Report on vaccination in Madras 1922-1929 - 1922-1929
Year: 1922
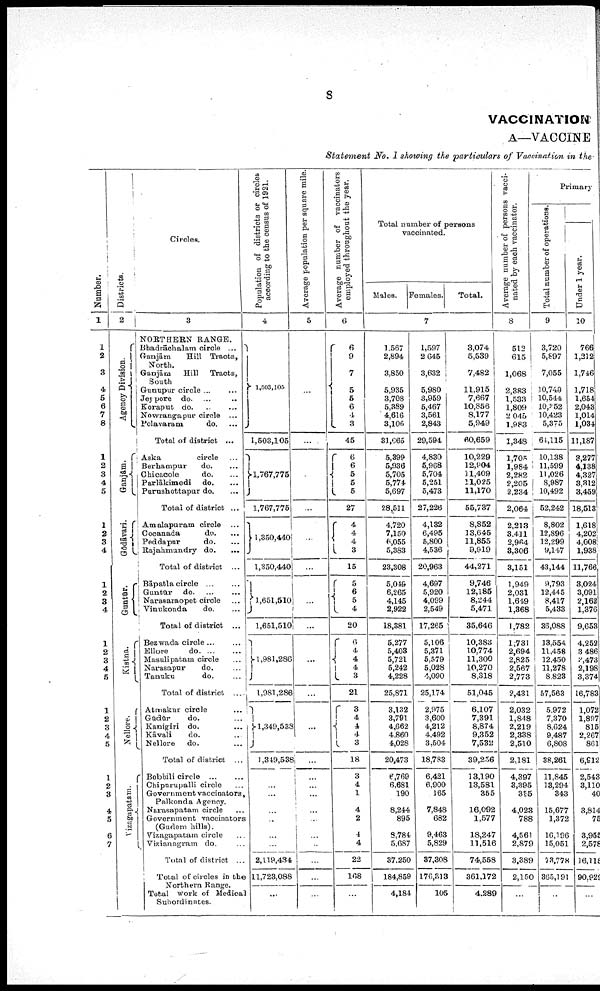
8
VACCINATION
A—VACCINE
Statement No. I showing the particulars of Vaccination in the
Number.
1
1
2
3
4
5
6
7
8
1
2
3
4
5
1
2
3
4
1
2
3
4
1
2
3
4
5
1
2
3
4
5
1
2
3
4
5
6
7
Districts.
2
Agency Division.
Ganjām.
Gōdāvari.
Guntūr.
Kistna.
Nellore.
Vizagapatam.
Circles.
3
NORTHERN RANGE.
Bhadrāohalam circle... ...
Ganjām
Hill Tracts,
North.
Ganjām
Hill
Tracts,
South
Gunupur circle ... ...
Jeypore do. ... ...
Koraput
do...
...
Nowrangapur circle ...
Polavaram
do. ...
Total of district ...
Aska
circle ...
Berhampur
do. ...
Chicacole
do. ...
Parlākimedi
do. ...
Purushottapur do. ...
Total of district ...
Amalapuram circle...
Cocanada
do. ...
Peddapur
do. ...
Rajahmundry do. ...
Total of district ...
Bāpatla
circle...
...
Guntūr do. ... ...
Narasaraopet circle... ...
Vinukonda
do. ...
Total of district ...
Bezwada circle... ... ...
Ellore
do. ... ...
Masuli patam circle... ...
Narasapur
do. ...
Tanuku
do. ...
Total of district ....
Atmakur circle
...
Gūdūr
do. ...
Kanigiri do. ...
Kāvali
do. ...
Nellore
do. ...
Total of district ...
Bobbili
circle...
...
Chipurupalli circle...
Government vaccinators,
Palkonda Agency.
Narasapatam circle...
Government vaccinators
(Gudem hills).
Vizagapatam circle...
Vizianagram do. ...
Total of district ...
Total of circles in the
Northern Range.
Total work of Medical
Subordinates.
Population of districts or circles
according to the census of 1921.
4
1,503,105
1,503,105
1,767,775
1,767,775
1,350,440
1,350,440
1,651,510
1,651,510
1,981,286
1,981,286
1,349,538
1,349,538
...
...
...
...
...
...
...
2,119,434
11,723,088
...
Average population per square mile.
5
...
...
...
...
...
...
...
...
...
...
...
...
...
...
...
...
...
...
...
...
...
...
Average number of vaccinators
employed throughout the year.
6
6
9
7
5
5
6
4
3
45
6
6
5
5
5
27
4
4
4
3
15
5
6
5
4
20
6
4
4
4
3
21
3
4
4
4
3
18
3
4
1
4
2
4
4
22
168
...
Total number of persons
vaccinated.
Males. Females.
Total.
7
1,567
2,894
3,850
5,935
3,708
5,389
4,616
3,106
81,665
5,399
5,936
5,705
5,774
5,697
28,511
4,720
7,150
6,055
5,383
23,308
5,049
6,265
4,145
2,922
18,381
5,277
5,403
5,721
5,242
4,228
25,871
3,132
3,791
4,662
4,860
4,028
20,473
6,769
6,681
190
8,244
895
8,784
5,687
37,250
184,859
4,184
1,597
2,645
3,632
5,980
3,959
5,467
3,561
2,843
29,594
4,830
5,968
5,704
5,251
5,473
27,226
4,132
6,495
5,800
4,536
20,963
4,697
5,920
4,099
2,549
17,265
5,106
5,371
5,579
5,028
4,090
25,174
2,975
3,600
4,212
4,492
3,504
18,783
6,421
6,900
165
7,848
682
9,463
5,829
37,308
176,313
105
3,074
5,539
7,482
11,915
7,667
10,856
8,177
5,949
60,659
10,229
12,904
11,409
11,025
11,170
55,737
8,852
13,645
11,855
9,919
44,271
9,746
12,185
8,244
5,471
35,646
10,383
10,774
11,300
10,270
8,318
51,045
6,107
7,391
8,874
9,352
7,532
39,256
13,190
13,581
355
16,092
1,577
18,247
11,516
74,558
361,172
4,289
Average number of persons vacci
nated by each vaccinator.
8
512
615
1,068
2,383
1,533
1,809
2,045
1,983
1,348
1,705
1,984
2,282
2,205
2,234
2,064
2,213
3,411
2,964
3,306
3,151
1,949
2,031
1,649
1,368
1,782
1,731
2,694
2,825
2,567
2,773
2,431
2,032
1,848
2,219
2,338
2,510
2,181
4,397
3,395
315
4,023
788
4,561
2,879
3,389
2,150
...
Primary
Total number of operations.
9
3,720
5,897
7,055
10,749
10,544
10,352
10,423
5,375
64,115
10,138
11,599
11,026
8,987
10,492
52,242
8,802
12,896
12,299
9,147
43,144
9,793
12,445
8,417
5,433
36,088
13,554
11,458
12,450
11,278
8,823
57,563
5,972
7,370
8,624
9,487
6,808
38,261
11,845
18,294
343
15,677
1,372
10,196
15,051
73,778
365,191
...
Under 1 year.
10
766
1,212
1,746
1,718
1,654
2,043
1,014
1,034
11,187
3,277
4,138
4,327
3,312
3,459
18,513
1,618
4,202
4,008
1,938
11,766
3,024
3,091
2,162
1,376
9,653
4,252
3,486
2,473
2,198
3,374
16,783
1,072
1,897
815
2,267
861
6,912
2,543
3,110
40
3,814
75
3,965
2,578
16,118
90,929
...